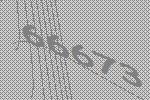
66673